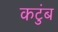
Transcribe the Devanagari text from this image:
कटुंब